Annual statistical returns and brief notes on vaccination in Bengal - 1896-1909
Year: 1896
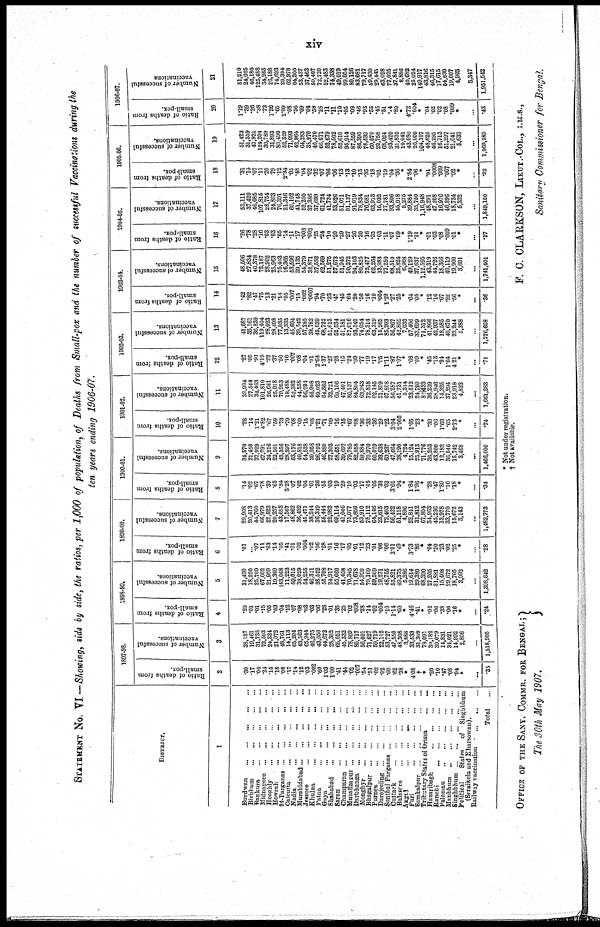
xiv
STATEMENT No. VI— Showing, side by side, the ratios, per 1,000 of population, of Deaths from Small-pox and the number of successful Vaccinations during the
ten years ending 1906-07.
DISTRICT.
1
Burdwan
...
...
...
...
...
Birbhum ... ... ... ... ...
Bankura ... ... ... ... ...
Midnapore
...
...
...
...
...
Hooghly ... ... ... ... ...
Howrah ... ... ... ... ...
24-Parganas
...
...
...
...
...
Calcutta ... ... ... ... ...
Nadia
...
...
...
...
...
Murshidabad ... ... ... ... ...
Jeasore
...
...
...
...
...
Khulna
...
...
...
...
...
Patna
...
...
...
...
...
Goya
...
...
...
...
...
Shahabad
...
...
...
...
...
Saran
...
...
...
...
...
Champaran
...
...
...
...
...
Muzaffarpur
...
...
...
...
...
Darbhanga
...
...
...
...
...
Monghyr
...
...
...
...
...
Bhagalpur
...
...
...
...
...
Purnea
...
...
...
...
...
Darejeeling
...
...
...
...
...
Sonthal Parganas
...
...
...
...
Cuttack
...
...
...
...
...
Balasore
...
...
...
...
...
Angul
...
...
...
...
...
Puri
...
...
...
...
...
Sambalpur
... ... ... ... ...
Tributary States of Orissa
...
...
Hazaribagh
...
...
...
...
Ranchi
...
...
...
...
...
Palamau
...
...
...
...
...
Manbhum ... ... ... ... ...
Singhbhum
...
...
...
...
...
Political
States
of Singhbhum
(Sersikela and Kharsowan).
Railway vaccination
...
...
...
Total
...
1897-98.
Ratio of deaths from
small-pox.
2
.30
.17
.04
.24
.15
.18
.08
.17
.14
.12
.03
.002
.60
1.03
1. 00
.41
.44
.02
.007
.54
.51
.02
.02
.09
.62
.38
*
4.08
†
*
.20
.10
.47
.08
.04
*
...
.35
Number of successful
vaccinations.
3
38,137
19,461
31,735
72,503
24,334
21,072
48,761
14,113
66,204
43,563
65,944
46,275
43,056
44,672
28,302
65,051
45,332
78,809
80,717
56,091
71,627
59,719
22,112
53,727
47,550
48,308
3,886
33,533
31,309
78,091
30,182
39,079
14,831
34,021
14,992
2,806
...
1,518,905
1898-99.
Ratio of deaths from
small-pox.
4
.20
.01
.01
.15
.05
.03
.04
.12
.07
.08
.03
.03
.06
.28
.01
.35
.25
.02
.008
.28
.14
.02
.004
.10
1.14
.60
.
4.46
.41
*
.02
.06
.38
.06
.16
*
...
.24
Number of successful
vaccinations.
5
31,490
18,250
25,769
67,002
21,959
19,369
143,068
11,223
50,015
38,029
54,255
46,311
38,522
55,708
24,917
55,660
41,458
70,345
71,678
54,920
79,169
59,569
19,271
48,755
53,821
49,375
5,386
19,614
29,380
68,390
27,205
31,881
15,408
29,672
18,705
3,093
...
1,398,642
1899-00.
Ratio of deaths from
small-pox.
6
.01
... .07
.11
.03
.14
.05
.41
.01
.02
.004
.02
.06
.28
.01
.16
.17
.05
.01
.12
.23
.01
.06
.06
3.01
.49
*
3.73
.86
*
.04
.20
.23
.02
.25
*
...
.28
Number of successful
vaccinations.
7
29,908
20,413
44,760
66,979
22,523
20,257
43,653
17,567
48,862
36,432
45,471
38,244
36,349
55,444
22,983
69,114
41,046
75,077
73,850
53,910
78,112
64,146
23,615
72,403
56,422
51,118
4,896
22,841
31,812
67,804
34,963
45,236
13,978
33,770
15,672
3,143
...
1,482,773
1900-01.
Ratio of deaths from
small-pox.
8
.14
.02
.67
.78
.39
.65
.34
3.28
.07
.02
.04
.01
.36
.55
.03
.19
.29
.10
.03
.17
.46
.05
.38
.03
3.65
.94
*
1.84
1.96
*
.28
.47
1.80
.10
.18
*
...
.34
Number of successful
vaccinations.
9
34,570
21,450
37,929
67,791
24,216
22,501
48,356
28,397
53,176
40,818
54,538
39,958
26,792
46,880
27,303
58,651
39,697
79,785
82,058
59,884
70,970
60,029
33,638
60,237
47,664
38,190
4,724
15,124
25,913
71,776
36,253
43,800
12,182
36,546
15,742
3,468
...
1,466,006
1901-02.
Ratio of deaths from
small-pox.
10
.28
.14
1.21
4.82
.67
.59
.73
.79
.08
.09
.15
.03
1.21
.71
.09
.16
.15
.07
.08
.36
.33
.36
.29
.22
3.04
2.005
*
1.05
.23
*
.30
.06
1.60
.65
2.73
*
...
.74
Number of successful
vaccinations.
11
39,994
27,544
34,463
101,810
26,681
25,018
79,953
18,488
52,383
44,558
56,094
40,908
49,023
64,362
32,721
60,106
47,401
86,737
84,804
63,943
72,818
62,145
31,899
67,808
56,287
41,731
5,314
23,512
24,790
82,433
36,239
38,946
14,325
37,294
23,918
4,833
...
1,661,283
1902-03.
Ratio of deaths from
small-pox.
12
.27
.05
.91
4.19
.22
.37
.50
.10
.007
.08
.04
.01
2.64
1.37
.27
.28
.15
.24
.09
.77
.19
.17
.05
1.11
.87
1.07
*
.68
.09
*
.45
.13
.94
1.64
4.21
*
...
.71
Number of successful
vaccinations.
13
41,687
35,161
36,839
119,404
28,023
28,498
77,035
13,335
45,604
39,542
57,285
38.783
45,039
68,722
51,613
52,534
51,181
87,016
93,340
74,054
78,314
63,319
15,265
85,203
56,867
42,865
7,033
57,406
33,699
71,312
41,866
42,937
18,585
49,670
22,244
5,388
...
1,776,668
1903-04.
Ratio of deaths from
small-pox.
14
.42
.82
.47
.75
.13
.21
.16
.05
.007
.15
.002
.0007
.94
.70
.33
.47
.45
.64
.20
.50
.16
.10
.004
1.29
.27
.25
*
.64
.05
*
.12
.16
.67
.22
.56
*
...
.36
Number of successful
vaccinations.
15
48,506
27,834
40,378
72,187
28,902
25,963
75,403
16,365
53,596
39,135
54,379
32,871
37,552
62,569
51,275
57,673
51,945
90,272
94,103
80,825
75,477
62,264
13,983
77,250
68,510
25,824
6,968
49,129
37,637
1,12,595
43,319
44,726
18,366
40,119
19,900
3,601
...
1,741,401
1904-05.
Ratio of deaths from
small-pox.
16
.26
.78
.28
.16
.03
.03
.05
.14
.11
.17
.003
.003
.25
.24
10
.20
.29
.27
.26
.20
.16
.35
.03
.11
.07
.09
*
1.19
.11
*
.01
.03
.08
.009
.01
*
...
.17
Number of successful
vaccinations.
17
53,111
37,420
46,685
107,815
28,754
24,863
76,301
21,346
60,102
41,748
52,250
37,386
37,699
61,724
41,734
53,626
51,071
91,137
91,019
78,834
76,681
63,913
16,032
77,781
93,806
45,018
5,275
39,884
35,750
1,16,948
48,291
47,208
16,976
46,896
18,734
5,332
...
1,849,150
1905-06.
Ratio of deaths from
small-pox.
18
.31
.14
.07
.11
.20
.79
.12
2.84
.05
.48
.04
.02
.32
.07
.06
.06
.13
.13
.10
.15
.35
.18
.02
.19
.04
.36
*
2.84
.06
*
.01
.0008
.009
.007
.02
*
...
.22
Number of successful
vaccinations.
19
51,423
31,359
47,921
124,204
30,789
31,893
80,490
52,329
71,093
42,964
64,283
38,970
46,470
66,671
52,679
78,502
52,610
95,914
87,559
86,390
78,539
60,070
20,758
68,024
93,420
31,835
10,041
43,080
26,000
104,107
48,825
46,295
16,713
51,297
21,041
5,633
...
1,960,189
1906-07.
Ratio of deaths from
small-pox.
20
1.19
.39
.26
.38
.73
1.26
.65
2.09
.08
.56
.09
.04
.58
.28
.11
.11
.10
.05
.09
.46
.93
.55
.45
.51
.4
.80
*
4.72
.004
*
.04
.02
.02
.08
.009
*
...
.43
Number of successful
vaccinations
21
51,210
24,025
46,180
125,488
34,265
26,188
74,693
29,394
62,978
64,305
53,437
37,463
50,407
72,720
52,483
74,338
49,019
99,054
80,126
83,081
79,717
59,430
29,445
63,028
77,025
37,841
8,886
40,682
25,024
149,917
43,816
46,315
17,615
54,690
19,007
4,903
3,347
1,951,542
* Not under registration.
† Not available.
OFFICE OF THE SANY. COMMR. FOR BENGAL ;
The 30th May 1907.
F. C. CLARKSON, LIEUT .-COL., I.M.S.,
Sanitarn Commissioner for Bengal.